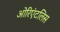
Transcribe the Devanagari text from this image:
ओरिएंटलिस